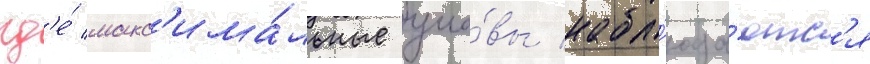
гд'е́ макс'има́льные уло́вы набл'юда́ютс'я